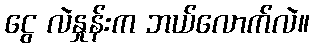
ငွေ လဲနှုန်းက ဘယ်လောက်လဲ။